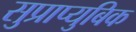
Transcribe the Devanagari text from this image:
सुप्राप्युबिक